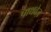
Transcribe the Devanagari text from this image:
पाथवेज़